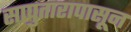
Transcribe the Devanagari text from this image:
सापुतारापासून